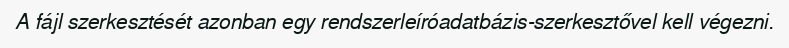
A fájl szerkesztését azonban egy rendszerleíróadatbázis-szerkesztővel kell végezni.